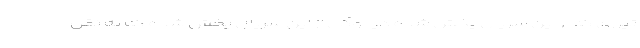
تیزری که از این سریال پخش شده دیالوگی از این سریال پخش شده که به نقل